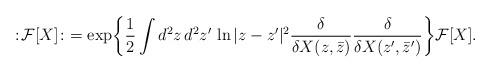
LaTeX: \begin{align*}:\! {\cal F}[X] \! :\ =\exp\biggl\{ \frac{1}{2} \int d^2z\,d^2 z' \, \ln|z-z'|^2\frac{\delta}{\delta X(z,\bar z)}\frac{\delta}{\delta X(z',\bar z')} \biggr\}{\cal F}[X].\end{align*}